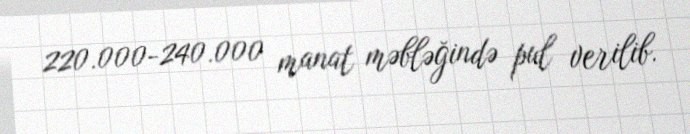
220.000-240.000 manat məbləğində pul verilib.